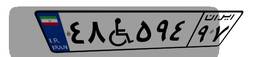
۴۸W۵۹۴۹۷